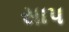
સાપ